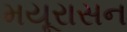
મયૂરાસન